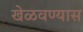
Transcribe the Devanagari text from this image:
खेळवण्यास